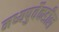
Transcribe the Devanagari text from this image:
मध्यपुर्वेकडील